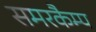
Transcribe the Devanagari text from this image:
समरकैम्प